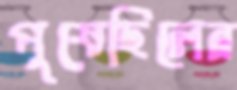
পুষেছিলেন